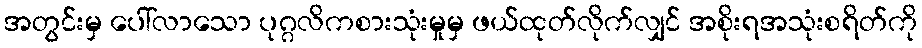
အတွင်းမှ ပေါ်လာသော ပုဂ္ဂလိကစားသုံးမှုမှ ဖယ်ထုတ်လိုက်လျှင် အစိုးရအသုံးစရိတ်ကို